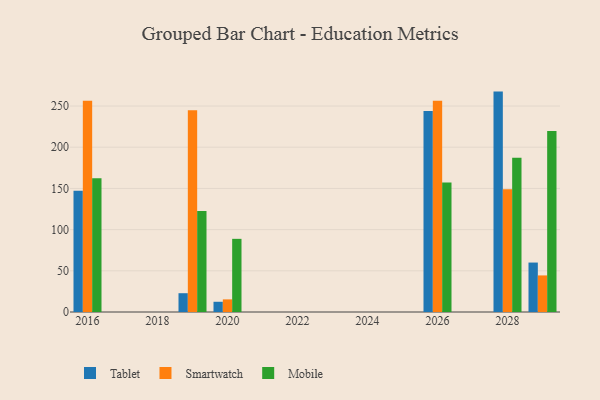
{"axis": {"x": "Year", "y": "Churn Rate (%)"}, "legend": ["Mobile", "Smartwatch", "Tablet"], "data": [{"x": "2029", "y": 60.0, "type": "Tablet"}, {"x": "2029", "y": 44.4, "type": "Smartwatch"}, {"x": "2029", "y": 219.8, "type": "Mobile"}, {"x": "2020", "y": 12.4, "type": "Tablet"}, {"x": "2020", "y": 15.3, "type": "Smartwatch"}, {"x": "2020", "y": 88.8, "type": "Mobile"}, {"x": "2019", "y": 22.8, "type": "Tablet"}, {"x": "2019", "y": 244.9, "type": "Smartwatch"}, {"x": "2019", "y": 122.6, "type": "Mobile"}, {"x": "2026", "y": 244.0, "type": "Tablet"}, {"x": "2026", "y": 256.3, "type": "Smartwatch"}, {"x": "2026", "y": 157.2, "type": "Mobile"}, {"x": "2016", "y": 147.3, "type": "Tablet"}, {"x": "2016", "y": 256.4, "type": "Smartwatch"}, {"x": "2016", "y": 162.3, "type": "Mobile"}, {"x": "2028", "y": 267.5, "type": "Tablet"}, {"x": "2028", "y": 149.1, "type": "Smartwatch"}, {"x": "2028", "y": 187.1, "type": "Mobile"}]}